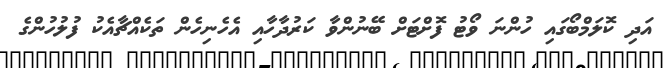
އަދި ކޮލަމްބޯގައި ހުންނަ ވޯޓު ފޮށްޓަށް ބޭނުންވާ ކަރުދާހާއި އެހެނިހެން ތަކެއްޗާއެކު ފުލުހުންގެ